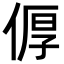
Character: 𪝐